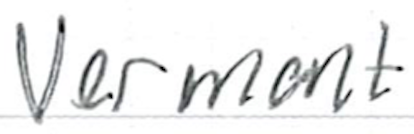
Text: Vermont
Cross-out: clean
Writing tool: ballpoint